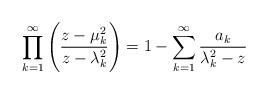
LaTeX: \begin{align*}\prod\limits_{k=1}^{\infty}\Bigg( \frac{z-\mu_{k}^{2}}{z-\lambda_{k}^{2}} \Bigg)= 1 - \sum\limits_{k=1}^{\infty}\frac{a_k}{\lambda_{k}^{2}-z}\end{align*}